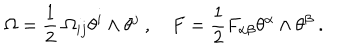
\Omega = \frac { 1 } { 2 } \ \Omega _ { i j } \theta ^ { i } \wedge \theta ^ { j } \ , F = \frac { 1 } { 2 } F _ { \alpha \beta } \theta ^ { \alpha } \wedge \theta ^ { \beta } \ .